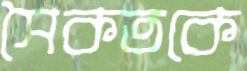
সৈকতকে